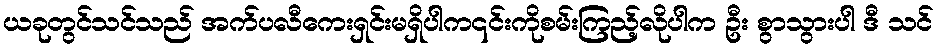
ယခုတွင်သင်သည် အက်ပလီကေးရှင်းမရှိပါက၎င်းကိုစမ်းကြည့်လိုပါက ဦး စွာသွားပါ ဒီ သင်